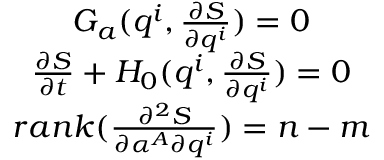
\begin{array} { c } { G _ { a } ( q ^ { i } , \frac { \partial S } { \partial q ^ { i } } ) = 0 } \\ { \frac { \partial S } { \partial t } + H _ { 0 } ( q ^ { i } , \frac { \partial S } { \partial q ^ { i } } ) = 0 } \\ { r a n k ( \frac { \partial ^ { 2 } S } { \partial \alpha ^ { A } \partial q ^ { i } } ) = n - m } \end{array}